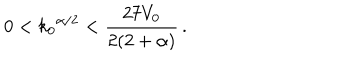
LaTeX: 0 < { k _ { 0 } } ^ { \alpha / 2 } < \frac { 2 7 V _ { 0 } } { 2 ( 2 + \alpha ) } \, .